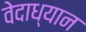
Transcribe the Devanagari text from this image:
वेदाध्यान